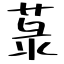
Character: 菉